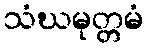
သံဃမုတ္တမံ